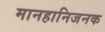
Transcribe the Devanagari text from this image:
मानहानिजनक